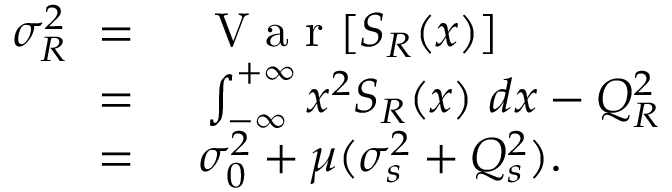
\begin{array} { r l } { \sigma _ { R } ^ { 2 } \ = \ } & { { } \mathrm { ~ V ~ a ~ r ~ } [ S _ { R } ( x ) ] } \\ { \ = \ } & { { } \int _ { - \infty } ^ { + \infty } x ^ { 2 } S _ { R } ( x ) \ d x - Q _ { R } ^ { 2 } } \\ { \ = \ } & { { } \sigma _ { 0 } ^ { 2 } + \mu ( \sigma _ { s } ^ { 2 } + Q _ { s } ^ { 2 } ) . } \end{array}